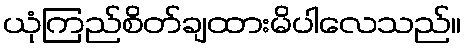
ယုံကြည်စိတ်ချထားမိပါလေသည်။